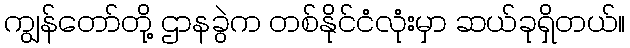
ကျွန်တော်တို့ ဌာနခွဲက တစ်နိုင်ငံလုံးမှာ ဆယ်ခုရှိတယ်။